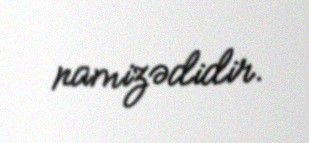
namizədidir.